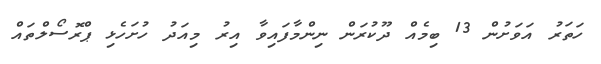
ހަތަރު އަވަށުން 13 ބިމެއް ދޫކުރަން ނިންމާފައިވާ އިރު މިއަދު ހުށަހެޅި ޕްރޮސޯލްތައް